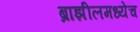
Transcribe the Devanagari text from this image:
ब्राझीलमध्येच